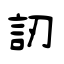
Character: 訒